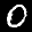
Label: 0